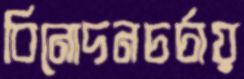
বিনোদনচর্চায়